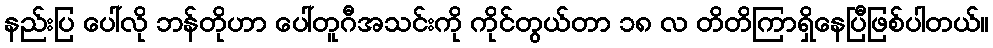
နည်းပြ ပေါ်လို ဘန်တိုဟာ ပေါ်တူဂီအသင်းကို ကိုင်တွယ်တာ ၁၈ လ တိတိကြာရှိနေပြီဖြစ်ပါတယ်။